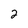
Character: 2